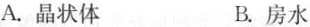
A.晶状体 B.房水